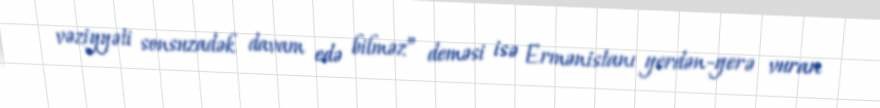
vəziyyəti sonsuzadək davam edə bilməz” deməsi isə Ermənistanı yerdən-yerə vuran